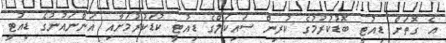
އެ ގޮތަށް ޑިއުޓީ ބޮޑުކުރުމުގެ ކުރިން ސައިކަލްގެ ޑިއުޓީ ކުޑަކުރުމަށާއި އަންނައުނުގެ ޑިއުޓީ